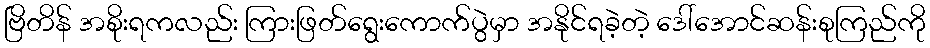
ဗြိတိန် အစိုးရကလည်း ကြားဖြတ်ရွေးကောက်ပွဲမှာ အနိုင်ရခဲ့တဲ့ ဒေါ်အောင်ဆန်းစုကြည်ကို